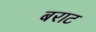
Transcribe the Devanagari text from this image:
बराट